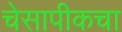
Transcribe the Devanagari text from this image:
चेसापीकचा